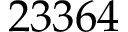
2 3 3 6 4